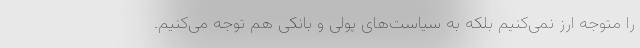
را متوجه ارز نمی‌کنیم بلکه به سیاست‌های پولی و بانکی هم توجه می‌کنیم.